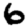
Digit: 6